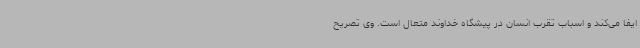
ایفا می‌کند و اسباب تقرب انسان در پیشگاه خداوند متعال است. وی تصریح